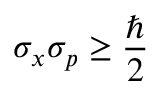
\sigma _ { x } \sigma _ { p } \geq { \frac { \hbar } { 2 } }